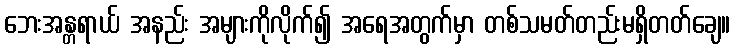
ဘေးအန္တရာယ် အနည်း အများကိုလိုက်၍ အရေအတွက်မှာ တစ်သမတ်တည်းမရှိတတ်ချေ။